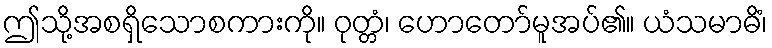
ဤသို့အစရှိသောစကားကို။ ဝုတ္တံ၊ ဟောတော်မူအပ်၏။ ယံသမာဓိံ၊